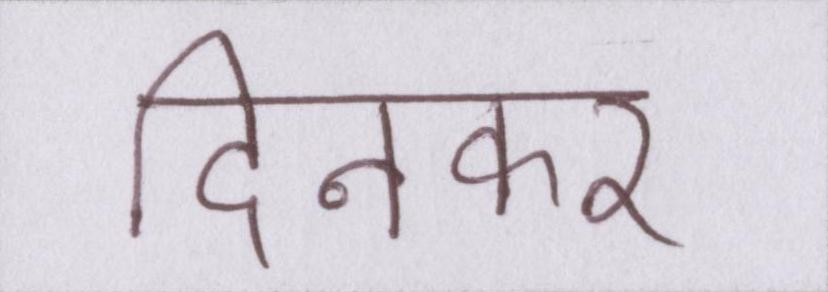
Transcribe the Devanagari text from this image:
दिनकर